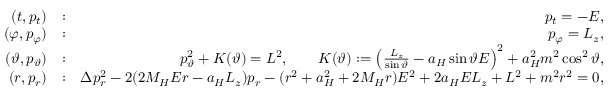
\begin{array} { r l r } { ( t , p _ { t } ) } & { : } & { p _ { t } = - E , } \\ { ( \varphi , p _ { \varphi } ) } & { : } & { p _ { \varphi } = L _ { z } , } \\ { ( \vartheta , p _ { \vartheta } ) } & { : } & { p _ { \vartheta } ^ { 2 } + K ( \vartheta ) = L ^ { 2 } , \qquad K ( \vartheta ) : = \left( \frac { L _ { z } } { \sin \vartheta } - a _ { H } \sin \vartheta E \right) ^ { 2 } + a _ { H } ^ { 2 } m ^ { 2 } \cos ^ { 2 } \vartheta , } \\ { ( r , p _ { r } ) } & { : } & { \Delta p _ { r } ^ { 2 } - 2 ( 2 M _ { H } E r - a _ { H } L _ { z } ) p _ { r } - ( r ^ { 2 } + a _ { H } ^ { 2 } + 2 M _ { H } r ) E ^ { 2 } + 2 a _ { H } E L _ { z } + L ^ { 2 } + m ^ { 2 } r ^ { 2 } = 0 , } \end{array}